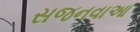
સજનવાઆ